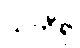
သဘီရု